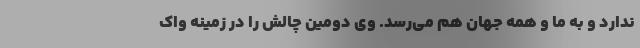
ندارد و به ما و همه جهان هم می‌رسد. وی دومین چالش را در زمینه واک